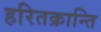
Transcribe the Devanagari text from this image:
हरितक्रान्ति